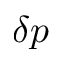
\delta p